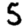
Digit: 5